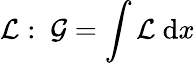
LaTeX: \mathcal{L}:\ \mathcal{G}=\int\mathcal{L}\ \mathrm{d}x